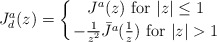
\begin{align*}J^a_d(z) = \left\{ {J^a(z) \ {\rm for} \ \vert z \vert \leq 1 }\atop {-{1 \over { z^2} } \bar J^a({1 \over z}) \ {\rm for} \ \vert z\vert >1 }\right. \ \end{align*}